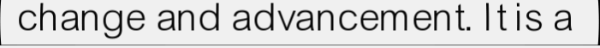
change and advancement. It is a